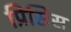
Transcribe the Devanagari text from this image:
प्रिसिस